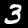
Label: 3